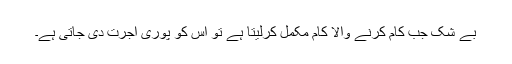
بے شک جب کام کرنے والا کام مکمل کرلیتا ہے تو اس کو پوری اجرت دی جاتی ہے۔